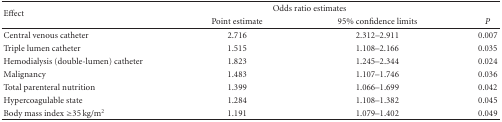
| <ROWSPAN=2> Effect | <COLSPAN=2> Odds ratio estimates |  |
 | Point estimate | 95% confidence limits | P |
 | --- | --- | --- | --- |
 | Central venous catheter | 2.716 | 2.312–2.911 | 0.007 |
 | Triple lumen catheter | 1.515 | 1.108–2.166 | 0.035 |
 | Hemodialysis (double-lumen) catheter | 1.823 | 1.245–2.344 | 0.024 |
 | Malignancy | 1.483 | 1.107–1.746 | 0.036 |
 | Total parenteral nutrition | 1.399 | 1.066–1.699 | 0.042 |
 | Hypercoagulable state | 1.284 | 1.108–1.382 | 0.045 |
 | Body mass index ≥35 kg/m2 | 1.191 | 1.079–1.402 | 0.049 |